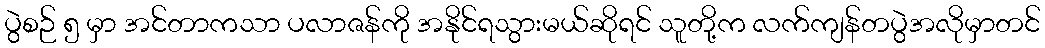
ပွဲစဉ် ၅ မှာ အင်တာကသာ ပလာဇန်ကို အနိုင်ရသွားမယ်ဆိုရင် သူတို့က လက်ကျန်တပွဲအလိုမှာတင်